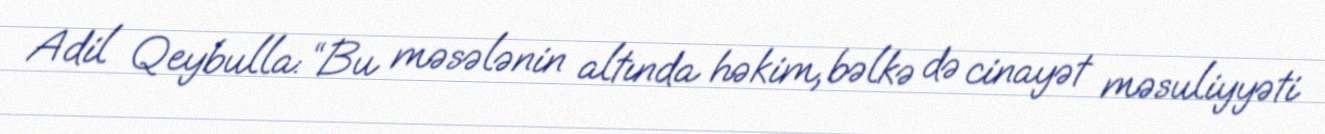
Adil Qeybulla: “Bu məsələnin altında həkim, bəlkə də cinayət məsuliyyəti